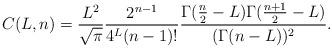
LaTeX: \begin{align*} C(L,n)=\frac{L^2}{\sqrt{\pi}}\frac{2^{n-1}}{4^L (n-1)!}\dfrac{\Gamma(\frac n2-L) \Gamma(\frac{n+1}2-L)}{(\Gamma(n-L))^2} . \end{align*}